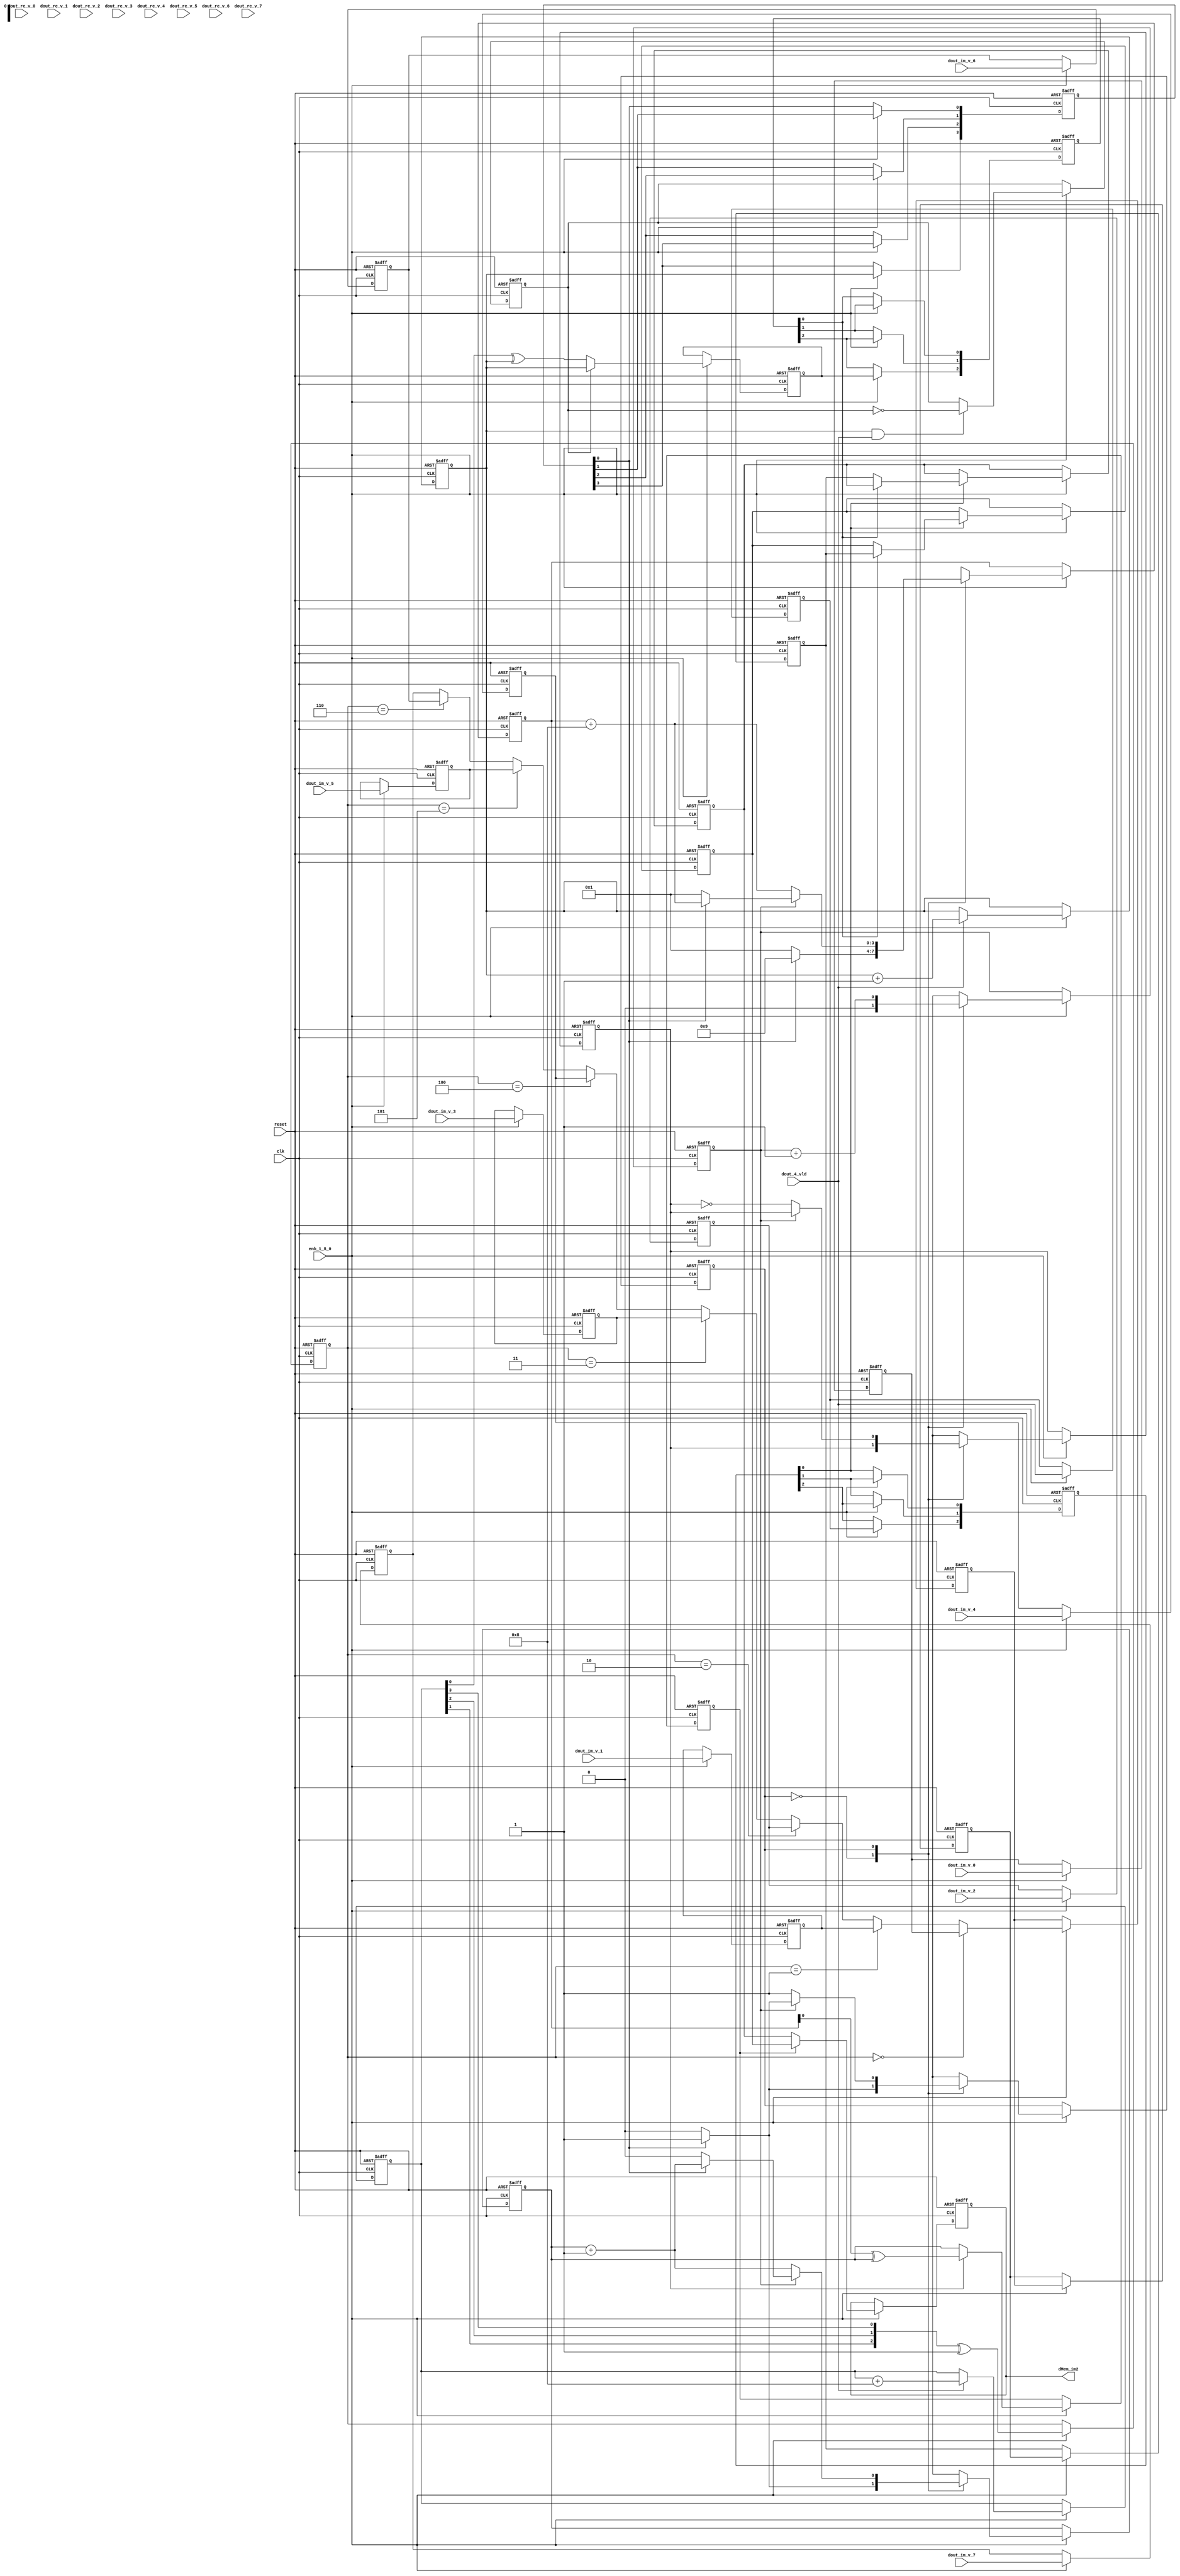
// -------------------------------------------------------------
// 
// 
// Generated by MATLAB 9.13 and HDL Coder 4.0
// 
// -------------------------------------------------------------


// -------------------------------------------------------------
// 
// Module: RADIX22FFT_bitNatural_2
// Source Path: joe_fft/FFT/RADIX22FFT_bitNatural_2
// Hierarchy Level: 2
// 
// -------------------------------------------------------------

`timescale 1 ns / 1 ns

module RADIX22FFT_bitNatural_2
          (clk,
           reset,
           enb_1_8_0,
           dout_re_v_0,
           dout_re_v_1,
           dout_re_v_2,
           dout_re_v_3,
           dout_re_v_4,
           dout_re_v_5,
           dout_re_v_6,
           dout_re_v_7,
           dout_im_v_0,
           dout_im_v_1,
           dout_im_v_2,
           dout_im_v_3,
           dout_im_v_4,
           dout_im_v_5,
           dout_im_v_6,
           dout_im_v_7,
           dout_4_vld,
           dMem_im2);


  input   clk;
  input   reset;
  input   enb_1_8_0;
  input   signed [20:0] dout_re_v_0;  // sfix21
  input   signed [20:0] dout_re_v_1;  // sfix21
  input   signed [20:0] dout_re_v_2;  // sfix21
  input   signed [20:0] dout_re_v_3;  // sfix21
  input   signed [20:0] dout_re_v_4;  // sfix21
  input   signed [20:0] dout_re_v_5;  // sfix21
  input   signed [20:0] dout_re_v_6;  // sfix21
  input   signed [20:0] dout_re_v_7;  // sfix21
  input   signed [20:0] dout_im_v_0;  // sfix21
  input   signed [20:0] dout_im_v_1;  // sfix21
  input   signed [20:0] dout_im_v_2;  // sfix21
  input   signed [20:0] dout_im_v_3;  // sfix21
  input   signed [20:0] dout_im_v_4;  // sfix21
  input   signed [20:0] dout_im_v_5;  // sfix21
  input   signed [20:0] dout_im_v_6;  // sfix21
  input   signed [20:0] dout_im_v_7;  // sfix21
  input   dout_4_vld;
  output  signed [20:0] dMem_im2;  // sfix21


  reg [3:0] fftIdx_cnt;  // ufix4
  reg [3:0] fftIdx_cnt_next;  // ufix4
  reg [3:0] FFTIdx_1;  // ufix4
  reg [3:0] FFTIdxRev;  // ufix4
  reg  fftIdx_vld;
  reg  wrAddrGenBitNaturalP_wrCnt;  // ufix1
  reg  wrAddrGenBitNaturalP_wrOddFrame;
  reg  wrAddrGenBitNaturalP_wrAddrReg;  // ufix1
  reg  wrAddrGenBitNaturalP_wrEnbReg;
  reg  wrAddrGenBitNaturalP_wrCnt_next;  // ufix1
  reg  wrAddrGenBitNaturalP_wrOddFrame_next;
  reg  wrAddrGenBitNaturalP_wrAddrReg_next;  // ufix1
  reg  wrAddrGenBitNaturalP_wrEnbReg_next;
  reg  wrAddr;  // ufix1
  reg  WrEnb;
  reg  sampleCnt;  // ufix1
  reg  [0:3] intdelay_reg;  // ufix1 [4]
  wire [0:3] intdelay_reg_next;  // ufix1 [4]
  wire sampleCntDly;  // ufix1
  reg [2:0] MUXSel;  // ufix3
  reg  MUXSel_vld;
  reg signed [20:0] din_re_reg1;  // sfix21
  reg signed [20:0] din_re_reg2;  // sfix21
  reg signed [20:0] din_re_reg3;  // sfix21
  reg signed [20:0] din_re_reg4;  // sfix21
  reg signed [20:0] din_re_reg5;  // sfix21
  reg signed [20:0] din_re_reg6;  // sfix21
  reg signed [20:0] din_re_reg7;  // sfix21
  reg signed [20:0] din_re_reg8;  // sfix21
  wire signed [20:0] memIn_re;  // sfix21
  reg signed [20:0] intdelay_reg_1 [0:2];  // sfix21 [3]
  wire signed [20:0] intdelay_reg_next_1 [0:2];  // sfix21 [3]
  wire signed [20:0] memIn_re_reg;  // sfix21
  reg signed [20:0] din_im_reg1;  // sfix21
  reg signed [20:0] din_im_reg2;  // sfix21
  reg signed [20:0] din_im_reg3;  // sfix21
  reg signed [20:0] din_im_reg4;  // sfix21
  reg signed [20:0] din_im_reg5;  // sfix21
  reg signed [20:0] din_im_reg6;  // sfix21
  reg signed [20:0] din_im_reg7;  // sfix21
  reg signed [20:0] din_im_reg8;  // sfix21
  wire signed [20:0] memIn_im;  // sfix21
  reg signed [20:0] intdelay_reg_2 [0:2];  // sfix21 [3]
  wire signed [20:0] intdelay_reg_next_2 [0:2];  // sfix21 [3]
  wire signed [20:0] memIn_im_reg;  // sfix21
  reg  [0:2] intdelay_reg_3;  // ufix1 [3]
  wire [0:2] intdelay_reg_next_3;  // ufix1 [3]
  wire wrAddr_reg;  // ufix1
  reg  [0:2] intdelay_reg_4;  // ufix1 [3]
  wire [0:2] intdelay_reg_next_4;  // ufix1 [3]
  wire wrEnb_reg;
  reg  rdAddr;  // ufix1
  reg signed [20:0] twoLocationReg_0_MEM_re_0;  // sfix21
  reg signed [20:0] twoLocationReg_0_MEM_im_0;  // sfix21
  reg signed [20:0] twoLocationReg_0_MEM_re_1;  // sfix21
  reg signed [20:0] twoLocationReg_0_MEM_im_1;  // sfix21
  reg signed [20:0] twoLocationReg_0_dout_re_reg;  // sfix21
  reg signed [20:0] twoLocationReg_0_dout_im_reg;  // sfix21
  reg signed [20:0] twoLocationReg_0_MEM_re_0_next;  // sfix21
  reg signed [20:0] twoLocationReg_0_MEM_im_0_next;  // sfix21
  reg signed [20:0] twoLocationReg_0_MEM_re_1_next;  // sfix21
  reg signed [20:0] twoLocationReg_0_MEM_im_1_next;  // sfix21
  reg signed [20:0] twoLocationReg_0_dout_re_reg_next;  // sfix21
  reg signed [20:0] twoLocationReg_0_dout_im_reg_next;  // sfix21
  reg signed [20:0] memOut_re;  // sfix21
  reg signed [20:0] memOut_im;  // sfix21
  reg  rdAddrGenBitNaturalP_addrReg;  // ufix1
  reg  rdAddrGenBitNaturalP_rdOddFrame;
  reg  rdAddrGenBitNaturalP_rdAddrReg;  // ufix1
  reg  rdAddrGenBitNaturalP_rdState;  // ufix1
  reg  rdAddrGenBitNaturalP_vldOutReg;
  reg  rdAddrGenBitNaturalP_rdCnt;  // ufix1
  reg [3:0] rdAddrGenBitNaturalP_FFTIdxO;  // ufix4
  reg  rdAddrGenBitNaturalP_startOutReg;
  reg  rdAddrGenBitNaturalP_endOutReg;
  reg  rdAddrGenBitNaturalP_startOutRegDly;
  reg  rdAddrGenBitNaturalP_endOutRegDly;
  reg  rdAddrGenBitNaturalP_addrReg_next;  // ufix1
  reg  rdAddrGenBitNaturalP_rdOddFrame_next;
  reg  rdAddrGenBitNaturalP_rdAddrReg_next;  // ufix1
  reg  rdAddrGenBitNaturalP_rdState_next;  // ufix1
  reg  rdAddrGenBitNaturalP_vldOutReg_next;
  reg  rdAddrGenBitNaturalP_rdCnt_next;  // ufix1
  reg [3:0] rdAddrGenBitNaturalP_FFTIdxO_next;  // ufix4
  reg  rdAddrGenBitNaturalP_startOutReg_next;
  reg  rdAddrGenBitNaturalP_endOutReg_next;
  reg  rdAddrGenBitNaturalP_startOutRegDly_next;
  reg  rdAddrGenBitNaturalP_endOutRegDly_next;
  reg signed [20:0] dMem_re2_1;  // sfix21
  reg signed [20:0] dMem_im2_1;  // sfix21
  reg  dMem_vld2;
  reg  startOutW;
  reg  endOutW;
  reg [1:0] wrAddrGenBitNaturalP_add_temp;  // ufix2
  reg [1:0] wrAddrGenBitNaturalP_t_0_0;  // ufix2
  reg [3:0] rdAddrGenBitNaturalP_t_0_0;  // ufix4
  reg [1:0] rdAddrGenBitNaturalP_add_temp;  // ufix2
  reg [1:0] rdAddrGenBitNaturalP_add_temp_0;  // ufix2
  reg [1:0] rdAddrGenBitNaturalP_add_temp_1;  // ufix2
  reg [1:0] rdAddrGenBitNaturalP_t_1;  // ufix2
  reg [1:0] rdAddrGenBitNaturalP_t_2_0;  // ufix2
  reg [1:0] rdAddrGenBitNaturalP_t_3;  // ufix2


  // fftIdx
  always @(posedge clk or posedge reset)
    begin : fftIdx_process
      if (reset == 1'b1) begin
        fftIdx_cnt <= 4'b0001;
      end
      else begin
        if (enb_1_8_0) begin
          fftIdx_cnt <= fftIdx_cnt_next;
        end
      end
    end

  always @(dout_4_vld, fftIdx_cnt) begin
    fftIdx_cnt_next = fftIdx_cnt;
    if (dout_4_vld) begin
      fftIdx_cnt_next = fftIdx_cnt + 4'b1000;
    end
    FFTIdx_1 = fftIdx_cnt;
    FFTIdxRev = {fftIdx_cnt[0], fftIdx_cnt[1], fftIdx_cnt[2], fftIdx_cnt[3]};
    fftIdx_vld = dout_4_vld;
  end



  // wrAddrGenBitNaturalP
  always @(posedge clk or posedge reset)
    begin : wrAddrGenBitNaturalP_process
      if (reset == 1'b1) begin
        wrAddrGenBitNaturalP_wrCnt <= 1'b0;
        wrAddrGenBitNaturalP_wrAddrReg <= 1'b0;
        wrAddrGenBitNaturalP_wrOddFrame <= 1'b0;
        wrAddrGenBitNaturalP_wrEnbReg <= 1'b0;
      end
      else begin
        if (enb_1_8_0) begin
          wrAddrGenBitNaturalP_wrCnt <= wrAddrGenBitNaturalP_wrCnt_next;
          wrAddrGenBitNaturalP_wrOddFrame <= wrAddrGenBitNaturalP_wrOddFrame_next;
          wrAddrGenBitNaturalP_wrAddrReg <= wrAddrGenBitNaturalP_wrAddrReg_next;
          wrAddrGenBitNaturalP_wrEnbReg <= wrAddrGenBitNaturalP_wrEnbReg_next;
        end
      end
    end

  always @(FFTIdxRev, fftIdx_vld, wrAddrGenBitNaturalP_wrAddrReg,
       wrAddrGenBitNaturalP_wrCnt, wrAddrGenBitNaturalP_wrEnbReg,
       wrAddrGenBitNaturalP_wrOddFrame) begin
    wrAddrGenBitNaturalP_add_temp = 2'b00;
    wrAddrGenBitNaturalP_t_0_0 = 2'b00;
    wrAddrGenBitNaturalP_wrCnt_next = wrAddrGenBitNaturalP_wrCnt;
    wrAddrGenBitNaturalP_wrOddFrame_next = wrAddrGenBitNaturalP_wrOddFrame;
    wrAddrGenBitNaturalP_wrAddrReg_next = wrAddrGenBitNaturalP_wrAddrReg;
    wrAddrGenBitNaturalP_wrEnbReg_next = fftIdx_vld;
    if (wrAddrGenBitNaturalP_wrOddFrame) begin
      wrAddrGenBitNaturalP_wrAddrReg_next = wrAddrGenBitNaturalP_wrCnt;
    end
    else begin
      wrAddrGenBitNaturalP_wrAddrReg_next = FFTIdxRev[3] ^ wrAddrGenBitNaturalP_wrCnt;
    end
    if (wrAddrGenBitNaturalP_wrCnt && fftIdx_vld) begin
      wrAddrGenBitNaturalP_wrOddFrame_next =  ! wrAddrGenBitNaturalP_wrOddFrame;
    end
    if (fftIdx_vld) begin
      wrAddrGenBitNaturalP_t_0_0 = {1'b0, wrAddrGenBitNaturalP_wrCnt};
      wrAddrGenBitNaturalP_add_temp = wrAddrGenBitNaturalP_t_0_0 + 2'b01;
      wrAddrGenBitNaturalP_wrCnt_next = wrAddrGenBitNaturalP_add_temp[0];
    end
    wrAddr = wrAddrGenBitNaturalP_wrAddrReg;
    WrEnb = wrAddrGenBitNaturalP_wrEnbReg;
    sampleCnt = wrAddrGenBitNaturalP_wrCnt;
  end



  always @(posedge clk or posedge reset)
    begin : intdelay_process
      if (reset == 1'b1) begin
        intdelay_reg[0] <= 1'b0;
        intdelay_reg[1] <= 1'b0;
        intdelay_reg[2] <= 1'b0;
        intdelay_reg[3] <= 1'b0;
      end
      else begin
        if (enb_1_8_0) begin
          intdelay_reg[0] <= intdelay_reg_next[0];
          intdelay_reg[1] <= intdelay_reg_next[1];
          intdelay_reg[2] <= intdelay_reg_next[2];
          intdelay_reg[3] <= intdelay_reg_next[3];
        end
      end
    end

  assign sampleCntDly = intdelay_reg[3];
  assign intdelay_reg_next[0] = sampleCnt;
  assign intdelay_reg_next[1] = intdelay_reg[0];
  assign intdelay_reg_next[2] = intdelay_reg[1];
  assign intdelay_reg_next[3] = intdelay_reg[2];



  // inMUXSel
  always @(posedge clk or posedge reset)
    begin : inMuxSel_process
      if (reset == 1'b1) begin
        MUXSel <= 3'b000;
        MUXSel_vld <= 1'b0;
      end
      else begin
        if (enb_1_8_0) begin
          MUXSel <= FFTIdxRev[2:0] ^ 3'b001;
          MUXSel_vld <= fftIdx_vld;
        end
      end
    end



  always @(posedge clk or posedge reset)
    begin : intdelay_1_process
      if (reset == 1'b1) begin
        din_re_reg1 <= 21'sb000000000000000000000;
      end
      else begin
        if (enb_1_8_0) begin
          din_re_reg1 <= dout_re_v_0;
        end
      end
    end



  always @(posedge clk or posedge reset)
    begin : intdelay_2_process
      if (reset == 1'b1) begin
        din_re_reg2 <= 21'sb000000000000000000000;
      end
      else begin
        if (enb_1_8_0) begin
          din_re_reg2 <= dout_re_v_1;
        end
      end
    end



  always @(posedge clk or posedge reset)
    begin : intdelay_3_process
      if (reset == 1'b1) begin
        din_re_reg3 <= 21'sb000000000000000000000;
      end
      else begin
        if (enb_1_8_0) begin
          din_re_reg3 <= dout_re_v_2;
        end
      end
    end



  always @(posedge clk or posedge reset)
    begin : intdelay_4_process
      if (reset == 1'b1) begin
        din_re_reg4 <= 21'sb000000000000000000000;
      end
      else begin
        if (enb_1_8_0) begin
          din_re_reg4 <= dout_re_v_3;
        end
      end
    end



  always @(posedge clk or posedge reset)
    begin : intdelay_5_process
      if (reset == 1'b1) begin
        din_re_reg5 <= 21'sb000000000000000000000;
      end
      else begin
        if (enb_1_8_0) begin
          din_re_reg5 <= dout_re_v_4;
        end
      end
    end



  always @(posedge clk or posedge reset)
    begin : intdelay_6_process
      if (reset == 1'b1) begin
        din_re_reg6 <= 21'sb000000000000000000000;
      end
      else begin
        if (enb_1_8_0) begin
          din_re_reg6 <= dout_re_v_5;
        end
      end
    end



  always @(posedge clk or posedge reset)
    begin : intdelay_7_process
      if (reset == 1'b1) begin
        din_re_reg7 <= 21'sb000000000000000000000;
      end
      else begin
        if (enb_1_8_0) begin
          din_re_reg7 <= dout_re_v_6;
        end
      end
    end



  always @(posedge clk or posedge reset)
    begin : intdelay_8_process
      if (reset == 1'b1) begin
        din_re_reg8 <= 21'sb000000000000000000000;
      end
      else begin
        if (enb_1_8_0) begin
          din_re_reg8 <= dout_re_v_7;
        end
      end
    end



  assign memIn_re = (MUXSel == 3'b000 ? din_re_reg1 :
              (MUXSel == 3'b001 ? din_re_reg2 :
              (MUXSel == 3'b010 ? din_re_reg3 :
              (MUXSel == 3'b011 ? din_re_reg4 :
              (MUXSel == 3'b100 ? din_re_reg5 :
              (MUXSel == 3'b101 ? din_re_reg6 :
              (MUXSel == 3'b110 ? din_re_reg7 :
              din_re_reg8)))))));



  always @(posedge clk or posedge reset)
    begin : intdelay_9_process
      if (reset == 1'b1) begin
        intdelay_reg_1[0] <= 21'sb000000000000000000000;
        intdelay_reg_1[1] <= 21'sb000000000000000000000;
        intdelay_reg_1[2] <= 21'sb000000000000000000000;
      end
      else begin
        if (enb_1_8_0) begin
          intdelay_reg_1[0] <= intdelay_reg_next_1[0];
          intdelay_reg_1[1] <= intdelay_reg_next_1[1];
          intdelay_reg_1[2] <= intdelay_reg_next_1[2];
        end
      end
    end

  assign memIn_re_reg = intdelay_reg_1[2];
  assign intdelay_reg_next_1[0] = memIn_re;
  assign intdelay_reg_next_1[1] = intdelay_reg_1[0];
  assign intdelay_reg_next_1[2] = intdelay_reg_1[1];



  always @(posedge clk or posedge reset)
    begin : intdelay_10_process
      if (reset == 1'b1) begin
        din_im_reg1 <= 21'sb000000000000000000000;
      end
      else begin
        if (enb_1_8_0) begin
          din_im_reg1 <= dout_im_v_0;
        end
      end
    end



  always @(posedge clk or posedge reset)
    begin : intdelay_11_process
      if (reset == 1'b1) begin
        din_im_reg2 <= 21'sb000000000000000000000;
      end
      else begin
        if (enb_1_8_0) begin
          din_im_reg2 <= dout_im_v_1;
        end
      end
    end



  always @(posedge clk or posedge reset)
    begin : intdelay_12_process
      if (reset == 1'b1) begin
        din_im_reg3 <= 21'sb000000000000000000000;
      end
      else begin
        if (enb_1_8_0) begin
          din_im_reg3 <= dout_im_v_2;
        end
      end
    end



  always @(posedge clk or posedge reset)
    begin : intdelay_13_process
      if (reset == 1'b1) begin
        din_im_reg4 <= 21'sb000000000000000000000;
      end
      else begin
        if (enb_1_8_0) begin
          din_im_reg4 <= dout_im_v_3;
        end
      end
    end



  always @(posedge clk or posedge reset)
    begin : intdelay_14_process
      if (reset == 1'b1) begin
        din_im_reg5 <= 21'sb000000000000000000000;
      end
      else begin
        if (enb_1_8_0) begin
          din_im_reg5 <= dout_im_v_4;
        end
      end
    end



  always @(posedge clk or posedge reset)
    begin : intdelay_15_process
      if (reset == 1'b1) begin
        din_im_reg6 <= 21'sb000000000000000000000;
      end
      else begin
        if (enb_1_8_0) begin
          din_im_reg6 <= dout_im_v_5;
        end
      end
    end



  always @(posedge clk or posedge reset)
    begin : intdelay_16_process
      if (reset == 1'b1) begin
        din_im_reg7 <= 21'sb000000000000000000000;
      end
      else begin
        if (enb_1_8_0) begin
          din_im_reg7 <= dout_im_v_6;
        end
      end
    end



  always @(posedge clk or posedge reset)
    begin : intdelay_17_process
      if (reset == 1'b1) begin
        din_im_reg8 <= 21'sb000000000000000000000;
      end
      else begin
        if (enb_1_8_0) begin
          din_im_reg8 <= dout_im_v_7;
        end
      end
    end



  assign memIn_im = (MUXSel == 3'b000 ? din_im_reg1 :
              (MUXSel == 3'b001 ? din_im_reg2 :
              (MUXSel == 3'b010 ? din_im_reg3 :
              (MUXSel == 3'b011 ? din_im_reg4 :
              (MUXSel == 3'b100 ? din_im_reg5 :
              (MUXSel == 3'b101 ? din_im_reg6 :
              (MUXSel == 3'b110 ? din_im_reg7 :
              din_im_reg8)))))));



  always @(posedge clk or posedge reset)
    begin : intdelay_18_process
      if (reset == 1'b1) begin
        intdelay_reg_2[0] <= 21'sb000000000000000000000;
        intdelay_reg_2[1] <= 21'sb000000000000000000000;
        intdelay_reg_2[2] <= 21'sb000000000000000000000;
      end
      else begin
        if (enb_1_8_0) begin
          intdelay_reg_2[0] <= intdelay_reg_next_2[0];
          intdelay_reg_2[1] <= intdelay_reg_next_2[1];
          intdelay_reg_2[2] <= intdelay_reg_next_2[2];
        end
      end
    end

  assign memIn_im_reg = intdelay_reg_2[2];
  assign intdelay_reg_next_2[0] = memIn_im;
  assign intdelay_reg_next_2[1] = intdelay_reg_2[0];
  assign intdelay_reg_next_2[2] = intdelay_reg_2[1];



  always @(posedge clk or posedge reset)
    begin : intdelay_19_process
      if (reset == 1'b1) begin
        intdelay_reg_3[0] <= 1'b0;
        intdelay_reg_3[1] <= 1'b0;
        intdelay_reg_3[2] <= 1'b0;
      end
      else begin
        if (enb_1_8_0) begin
          intdelay_reg_3[0] <= intdelay_reg_next_3[0];
          intdelay_reg_3[1] <= intdelay_reg_next_3[1];
          intdelay_reg_3[2] <= intdelay_reg_next_3[2];
        end
      end
    end

  assign wrAddr_reg = intdelay_reg_3[2];
  assign intdelay_reg_next_3[0] = wrAddr;
  assign intdelay_reg_next_3[1] = intdelay_reg_3[0];
  assign intdelay_reg_next_3[2] = intdelay_reg_3[1];



  always @(posedge clk or posedge reset)
    begin : intdelay_20_process
      if (reset == 1'b1) begin
        intdelay_reg_4[0] <= 1'b0;
        intdelay_reg_4[1] <= 1'b0;
        intdelay_reg_4[2] <= 1'b0;
      end
      else begin
        if (enb_1_8_0) begin
          intdelay_reg_4[0] <= intdelay_reg_next_4[0];
          intdelay_reg_4[1] <= intdelay_reg_next_4[1];
          intdelay_reg_4[2] <= intdelay_reg_next_4[2];
        end
      end
    end

  assign wrEnb_reg = intdelay_reg_4[2];
  assign intdelay_reg_next_4[0] = WrEnb;
  assign intdelay_reg_next_4[1] = intdelay_reg_4[0];
  assign intdelay_reg_next_4[2] = intdelay_reg_4[1];



  // twoLocationReg_0
  always @(posedge clk or posedge reset)
    begin : twoLocationReg_0_process
      if (reset == 1'b1) begin
        twoLocationReg_0_MEM_re_0 <= 21'sb000000000000000000000;
        twoLocationReg_0_MEM_im_0 <= 21'sb000000000000000000000;
        twoLocationReg_0_MEM_re_1 <= 21'sb000000000000000000000;
        twoLocationReg_0_MEM_im_1 <= 21'sb000000000000000000000;
        twoLocationReg_0_dout_re_reg <= 21'sb000000000000000000000;
        twoLocationReg_0_dout_im_reg <= 21'sb000000000000000000000;
      end
      else begin
        if (enb_1_8_0) begin
          twoLocationReg_0_MEM_re_0 <= twoLocationReg_0_MEM_re_0_next;
          twoLocationReg_0_MEM_im_0 <= twoLocationReg_0_MEM_im_0_next;
          twoLocationReg_0_MEM_re_1 <= twoLocationReg_0_MEM_re_1_next;
          twoLocationReg_0_MEM_im_1 <= twoLocationReg_0_MEM_im_1_next;
          twoLocationReg_0_dout_re_reg <= twoLocationReg_0_dout_re_reg_next;
          twoLocationReg_0_dout_im_reg <= twoLocationReg_0_dout_im_reg_next;
        end
      end
    end

  always @(memIn_im_reg, memIn_re_reg, rdAddr, twoLocationReg_0_MEM_im_0,
       twoLocationReg_0_MEM_im_1, twoLocationReg_0_MEM_re_0,
       twoLocationReg_0_MEM_re_1, twoLocationReg_0_dout_im_reg,
       twoLocationReg_0_dout_re_reg, wrAddr_reg, wrEnb_reg) begin
    twoLocationReg_0_MEM_re_0_next = twoLocationReg_0_MEM_re_0;
    twoLocationReg_0_MEM_im_0_next = twoLocationReg_0_MEM_im_0;
    twoLocationReg_0_MEM_re_1_next = twoLocationReg_0_MEM_re_1;
    twoLocationReg_0_MEM_im_1_next = twoLocationReg_0_MEM_im_1;
    twoLocationReg_0_dout_re_reg_next = twoLocationReg_0_dout_re_reg;
    twoLocationReg_0_dout_im_reg_next = twoLocationReg_0_dout_im_reg;
    if (rdAddr == 1'b1) begin
      twoLocationReg_0_dout_re_reg_next = twoLocationReg_0_MEM_re_1;
      twoLocationReg_0_dout_im_reg_next = twoLocationReg_0_MEM_im_1;
    end
    else begin
      twoLocationReg_0_dout_re_reg_next = twoLocationReg_0_MEM_re_0;
      twoLocationReg_0_dout_im_reg_next = twoLocationReg_0_MEM_im_0;
    end
    if (wrEnb_reg) begin
      if (wrAddr_reg == 1'b1) begin
        twoLocationReg_0_MEM_re_1_next = memIn_re_reg;
        twoLocationReg_0_MEM_im_1_next = memIn_im_reg;
      end
      else begin
        twoLocationReg_0_MEM_re_0_next = memIn_re_reg;
        twoLocationReg_0_MEM_im_0_next = memIn_im_reg;
      end
    end
    memOut_re = twoLocationReg_0_dout_re_reg;
    memOut_im = twoLocationReg_0_dout_im_reg;
  end



  // rdAddrGenBitNaturalP
  always @(posedge clk or posedge reset)
    begin : rdAddrGenBitNaturalP_process
      if (reset == 1'b1) begin
        rdAddrGenBitNaturalP_addrReg <= 1'b0;
        rdAddrGenBitNaturalP_rdCnt <= 1'b0;
        rdAddrGenBitNaturalP_rdAddrReg <= 1'b0;
        rdAddrGenBitNaturalP_rdOddFrame <= 1'b0;
        rdAddrGenBitNaturalP_vldOutReg <= 1'b0;
        rdAddrGenBitNaturalP_rdState <= 1'b0;
        rdAddrGenBitNaturalP_FFTIdxO <= 4'b0001;
        rdAddrGenBitNaturalP_startOutReg <= 1'b0;
        rdAddrGenBitNaturalP_endOutReg <= 1'b0;
        rdAddrGenBitNaturalP_startOutRegDly <= 1'b0;
        rdAddrGenBitNaturalP_endOutRegDly <= 1'b0;
      end
      else begin
        if (enb_1_8_0) begin
          rdAddrGenBitNaturalP_addrReg <= rdAddrGenBitNaturalP_addrReg_next;
          rdAddrGenBitNaturalP_rdOddFrame <= rdAddrGenBitNaturalP_rdOddFrame_next;
          rdAddrGenBitNaturalP_rdAddrReg <= rdAddrGenBitNaturalP_rdAddrReg_next;
          rdAddrGenBitNaturalP_rdState <= rdAddrGenBitNaturalP_rdState_next;
          rdAddrGenBitNaturalP_vldOutReg <= rdAddrGenBitNaturalP_vldOutReg_next;
          rdAddrGenBitNaturalP_rdCnt <= rdAddrGenBitNaturalP_rdCnt_next;
          rdAddrGenBitNaturalP_FFTIdxO <= rdAddrGenBitNaturalP_FFTIdxO_next;
          rdAddrGenBitNaturalP_startOutReg <= rdAddrGenBitNaturalP_startOutReg_next;
          rdAddrGenBitNaturalP_endOutReg <= rdAddrGenBitNaturalP_endOutReg_next;
          rdAddrGenBitNaturalP_startOutRegDly <= rdAddrGenBitNaturalP_startOutRegDly_next;
          rdAddrGenBitNaturalP_endOutRegDly <= rdAddrGenBitNaturalP_endOutRegDly_next;
        end
      end
    end

  always @(memOut_im, memOut_re, rdAddrGenBitNaturalP_FFTIdxO,
       rdAddrGenBitNaturalP_addrReg, rdAddrGenBitNaturalP_endOutReg,
       rdAddrGenBitNaturalP_endOutRegDly, rdAddrGenBitNaturalP_rdAddrReg,
       rdAddrGenBitNaturalP_rdCnt, rdAddrGenBitNaturalP_rdOddFrame,
       rdAddrGenBitNaturalP_rdState, rdAddrGenBitNaturalP_startOutReg,
       rdAddrGenBitNaturalP_startOutRegDly, rdAddrGenBitNaturalP_vldOutReg,
       sampleCntDly) begin
    rdAddrGenBitNaturalP_t_0_0 = 4'b0000;
    rdAddrGenBitNaturalP_add_temp = 2'b00;
    rdAddrGenBitNaturalP_add_temp_0 = 2'b00;
    rdAddrGenBitNaturalP_add_temp_1 = 2'b00;
    rdAddrGenBitNaturalP_t_1 = 2'b00;
    rdAddrGenBitNaturalP_t_2_0 = 2'b00;
    rdAddrGenBitNaturalP_t_3 = 2'b00;
    rdAddrGenBitNaturalP_addrReg_next = rdAddrGenBitNaturalP_addrReg;
    rdAddrGenBitNaturalP_FFTIdxO_next = rdAddrGenBitNaturalP_FFTIdxO;
    rdAddrGenBitNaturalP_rdOddFrame_next = rdAddrGenBitNaturalP_rdOddFrame;
    rdAddrGenBitNaturalP_rdAddrReg_next = rdAddrGenBitNaturalP_rdAddrReg;
    rdAddrGenBitNaturalP_rdState_next = rdAddrGenBitNaturalP_rdState;
    rdAddrGenBitNaturalP_vldOutReg_next = rdAddrGenBitNaturalP_vldOutReg;
    rdAddrGenBitNaturalP_rdCnt_next = rdAddrGenBitNaturalP_rdCnt;
    rdAddrGenBitNaturalP_startOutReg_next = rdAddrGenBitNaturalP_startOutReg;
    rdAddrGenBitNaturalP_endOutReg_next = rdAddrGenBitNaturalP_endOutReg;
    rdAddrGenBitNaturalP_startOutRegDly_next = rdAddrGenBitNaturalP_startOutReg;
    rdAddrGenBitNaturalP_endOutRegDly_next = rdAddrGenBitNaturalP_endOutReg;
    if (rdAddrGenBitNaturalP_rdOddFrame) begin
      rdAddrGenBitNaturalP_t_0_0 = {rdAddrGenBitNaturalP_FFTIdxO[0], rdAddrGenBitNaturalP_FFTIdxO[1], rdAddrGenBitNaturalP_FFTIdxO[2], rdAddrGenBitNaturalP_FFTIdxO[3]};
      rdAddrGenBitNaturalP_rdAddrReg_next = rdAddrGenBitNaturalP_t_0_0[3] ^ rdAddrGenBitNaturalP_addrReg;
    end
    else begin
      rdAddrGenBitNaturalP_rdAddrReg_next = rdAddrGenBitNaturalP_addrReg;
    end
    case ( rdAddrGenBitNaturalP_rdState)
      1'b0 :
        begin
          rdAddrGenBitNaturalP_rdState_next = 1'b0;
          rdAddrGenBitNaturalP_endOutReg_next = 1'b0;
          rdAddrGenBitNaturalP_rdCnt_next = 1'b0;
          rdAddrGenBitNaturalP_addrReg_next = 1'b0;
          rdAddrGenBitNaturalP_vldOutReg_next = 1'b0;
          rdAddrGenBitNaturalP_startOutReg_next = 1'b0;
          rdAddrGenBitNaturalP_FFTIdxO_next = 4'b0001;
          if (sampleCntDly == 1'b1) begin
            rdAddrGenBitNaturalP_rdState_next = 1'b1;
            rdAddrGenBitNaturalP_addrReg_next = 1'b1;
            rdAddrGenBitNaturalP_FFTIdxO_next = 4'b1001;
            rdAddrGenBitNaturalP_startOutReg_next = 1'b1;
          end
        end
      1'b1 :
        begin
          rdAddrGenBitNaturalP_rdState_next = 1'b1;
          rdAddrGenBitNaturalP_endOutReg_next = 1'b0;
          rdAddrGenBitNaturalP_startOutReg_next = 1'b0;
          rdAddrGenBitNaturalP_vldOutReg_next = 1'b1;
          if (rdAddrGenBitNaturalP_rdCnt == 1'b1) begin
            if (sampleCntDly == 1'b1) begin
              rdAddrGenBitNaturalP_rdState_next = 1'b1;
              rdAddrGenBitNaturalP_startOutReg_next = 1'b1;
              rdAddrGenBitNaturalP_FFTIdxO_next = rdAddrGenBitNaturalP_FFTIdxO + 4'b1000;
              rdAddrGenBitNaturalP_t_2_0 = {1'b0, rdAddrGenBitNaturalP_addrReg};
              rdAddrGenBitNaturalP_add_temp_0 = rdAddrGenBitNaturalP_t_2_0 + 2'b01;
              rdAddrGenBitNaturalP_addrReg_next = rdAddrGenBitNaturalP_add_temp_0[0];
            end
            else begin
              rdAddrGenBitNaturalP_rdState_next = 1'b0;
              rdAddrGenBitNaturalP_FFTIdxO_next = 4'b0001;
              rdAddrGenBitNaturalP_addrReg_next = 1'b0;
            end
          end
          else begin
            rdAddrGenBitNaturalP_FFTIdxO_next = rdAddrGenBitNaturalP_FFTIdxO + 4'b1000;
            rdAddrGenBitNaturalP_t_1 = {1'b0, rdAddrGenBitNaturalP_addrReg};
            rdAddrGenBitNaturalP_add_temp = rdAddrGenBitNaturalP_t_1 + 2'b01;
            rdAddrGenBitNaturalP_addrReg_next = rdAddrGenBitNaturalP_add_temp[0];
          end
          if (rdAddrGenBitNaturalP_rdCnt == 1'b0) begin
            rdAddrGenBitNaturalP_endOutReg_next = 1'b1;
            rdAddrGenBitNaturalP_rdOddFrame_next =  ! rdAddrGenBitNaturalP_rdOddFrame;
          end
          rdAddrGenBitNaturalP_t_3 = {1'b0, rdAddrGenBitNaturalP_rdCnt};
          rdAddrGenBitNaturalP_add_temp_1 = rdAddrGenBitNaturalP_t_3 + 2'b01;
          rdAddrGenBitNaturalP_rdCnt_next = rdAddrGenBitNaturalP_add_temp_1[0];
        end
    endcase
    rdAddr = rdAddrGenBitNaturalP_rdAddrReg;
    dMem_re2_1 = memOut_re;
    dMem_im2_1 = memOut_im;
    dMem_vld2 = rdAddrGenBitNaturalP_vldOutReg;
    startOutW = rdAddrGenBitNaturalP_startOutRegDly;
    endOutW = rdAddrGenBitNaturalP_endOutRegDly;
  end



  assign dMem_im2 = dMem_im2_1;


endmodule  // RADIX22FFT_bitNatural_2